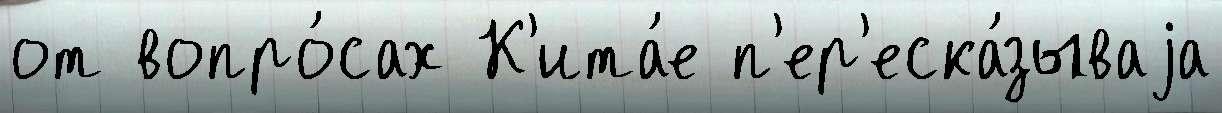
от вопро́сах К'ита́е п'ер'еска́зываjа